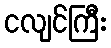
ငလျင်ကြီး